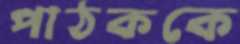
পাঠককে